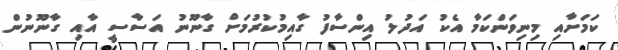
ކަމަށާއި މިނިވަންކަމާ އެކު އަދުލު އިންސާފު ގާއިމުކުރުމަށް ގާނޫނު އަސާސީ އާއި ގާނޫނުން